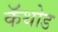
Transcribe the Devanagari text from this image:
कॅथोड